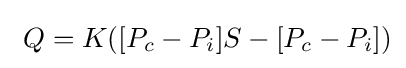
\ Q=K([P_{c}-P_{i}]S-[P_{c}-P_{i}])